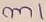
Text: m1